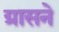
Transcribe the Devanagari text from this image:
ग्रासने